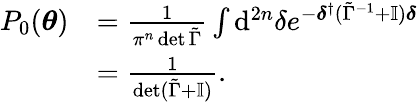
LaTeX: \begin{array}{rl}{P_{0}(\boldsymbol{\theta})}&{=\frac{1}{\pi^{n}\det\tilde{\Gamma}}\int\mathrm{d}^{2n}{\delta}e^{-\boldsymbol{\delta}^{\dagger}(\tilde{\Gamma}^{-1}+\mathbb{I})\boldsymbol{\delta}}}\\ &{=\frac{1}{\det(\tilde{\Gamma}+\mathbb{I})}.}\end{array}